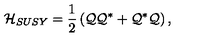
{ \cal H } _ { S U S Y } = { \frac { 1 } { 2 } } \left( { \cal Q } { \cal Q } ^ { * } + { \cal Q } ^ { * } { \cal Q } \right) ,